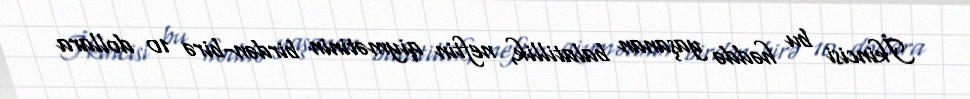
İkincisi bu həddə yaşanan balatillik, neftin qiymətinin birdən-birə 10 dollara